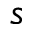
s